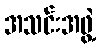
အသင်းအဖွဲ့